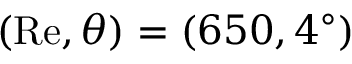
( \mathrm { R e } , \theta ) = ( 6 5 0 , 4 ^ { \circ } )